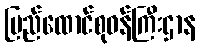
ပြည်ထောင်စုဝန်ကြီးဌာန